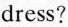
dress?